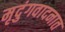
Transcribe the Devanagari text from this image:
मृदुंगवादनात